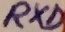
Text: RXD